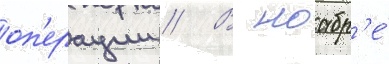
оп'ерации // В ноабр'е́